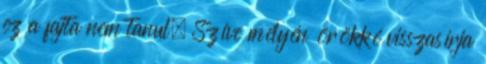
ez a fajta nem tanul. Szíve mélyén örökké visszasírja